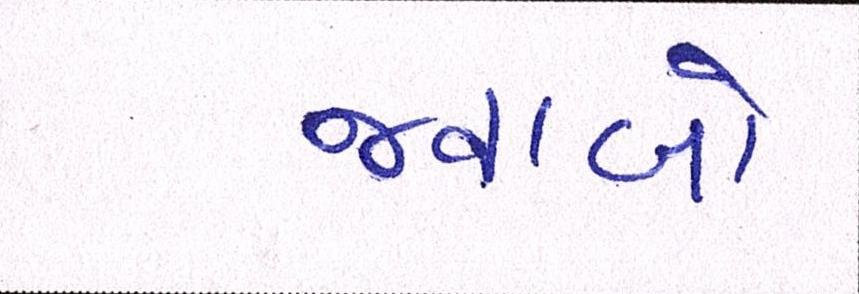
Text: જવાબો